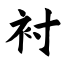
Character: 衬